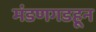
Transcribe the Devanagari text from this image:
मंडणगडहून